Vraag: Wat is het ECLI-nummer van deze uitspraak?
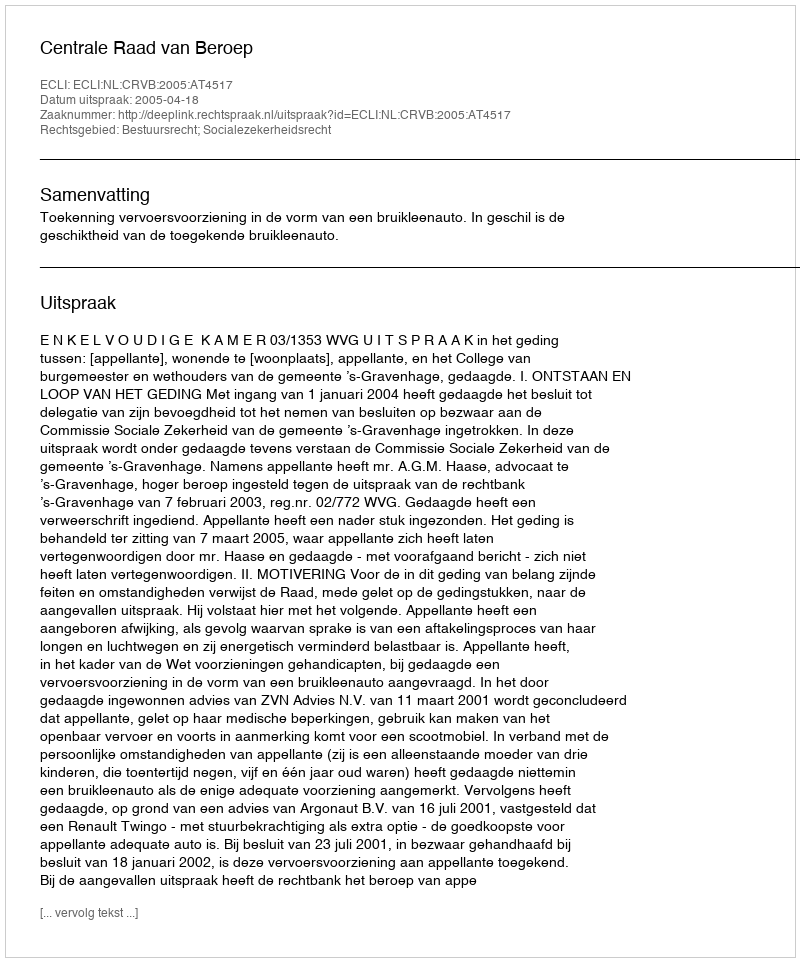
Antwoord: ECLI:NL:CRVB:2005:AT4517